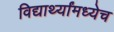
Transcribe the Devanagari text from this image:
विद्यार्थ्यांमध्येच